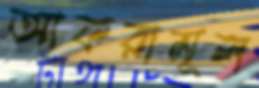
আকরামূল